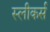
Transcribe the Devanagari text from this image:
स्लीकर्स